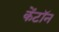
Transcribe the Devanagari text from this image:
केंटॉन